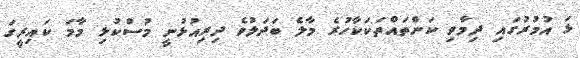
ޅަ އުމުރުގައި ދިމާވި ކަންތައްތަކަކާހުރެ މާލެ ބަދަލުވެ ދިރިއުޅުނީ މުސްކުޅި މާމަ ކައިރީގަ